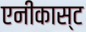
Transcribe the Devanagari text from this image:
एनीकास्ट